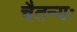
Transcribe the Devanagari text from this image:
चैतन्यः